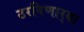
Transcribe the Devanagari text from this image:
ठरविणार्‍या